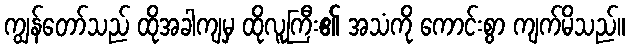
ကျွန်တော်သည် ထိုအခါကျမှ ထိုလူကြီး၏ အသံကို ကောင်းစွာ ကျက်မိသည်။